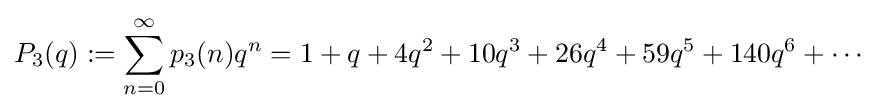
P_{3}(q):=\sum _{n=0}^{\infty }p_{3}(n)q^{n}=1+q+4q^{2}+10q^{3}+26q^{4}+59q^{5}+140q^{6}+\cdots